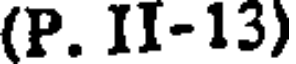
(P. II-13)